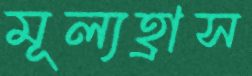
মূল্যহ্রাস